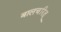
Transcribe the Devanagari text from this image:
बालचरित्